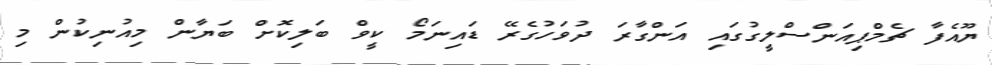
ޔޫއެފާ ޗެމްޕިއަންސްލީގުގައި އަންގާރަ ދުވަހުގެރޭ ޑައިނަމޯ ކީވް ބަލިކޮށް ބަޔާން މިއުނިކުން މި